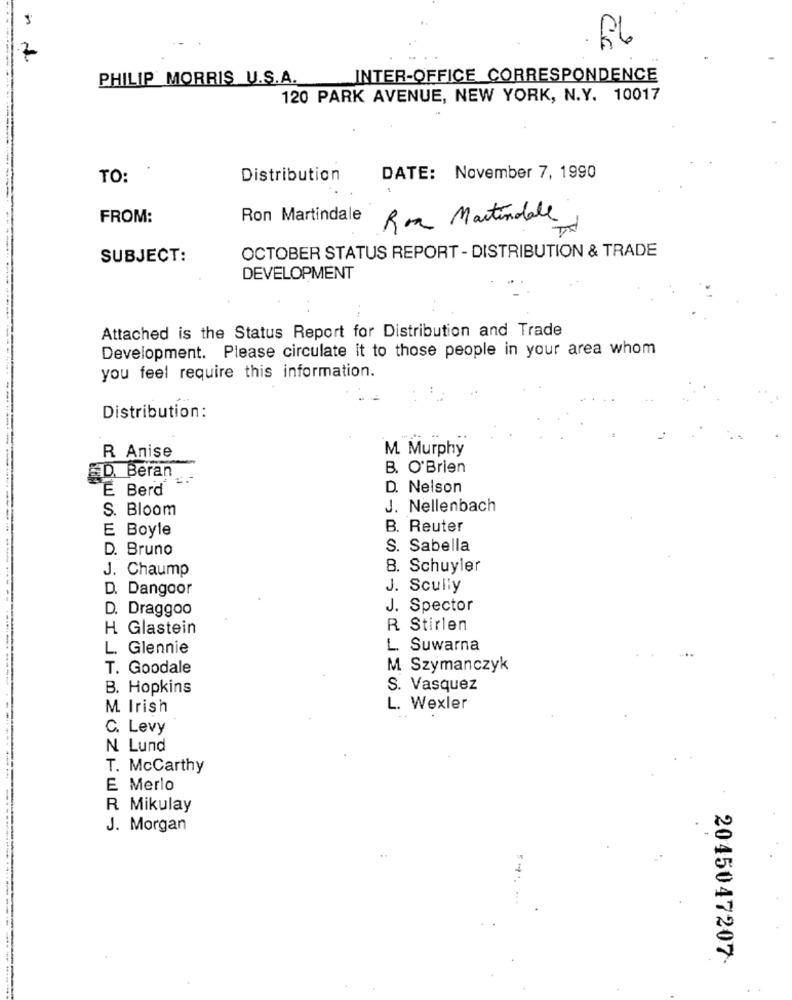
Ca
7
PHILIP MORRIS U.S.A.
INTER-OFFICE CORRESPONDENCE
120 PARK AVENUE, NEW YORK, N.Y. 10017
TO:
Distribution
DATE: November 7, 1990
FROM:
Ron Martindale
Roa Martindale
OCTOBER STATUS REPORT - DISTRIBUTION & TRADE
SUBJECT:
DEVELOPMENT
Attached is the Status Report for Distribution and Trade
Development. Please circulate it to those people in your area whom
you feel require this information.
Distribution:
M. Murphy
R Anise
B. O'Brien
D. Beran
E Berd
D. Nelson
S. Bloom
J. Nellenbach
B. Reuter
E Boyle
D. Bruno
S. Sabella
J. Chaump
8. Schuyler
D. Dangoor
J. Scully
D. Draggoo
J. Spector
H Glastein
R Stirlen
L. Glennie
L. Suwarna
T. Goodale
M Szymanczyk
B. Hopkins
S. Vasquez
M. Irish
L. Wexler
C. Levy
N Lund
T. McCarthy
E Merlo
R Mikulay
J. Morgan
2045047207-